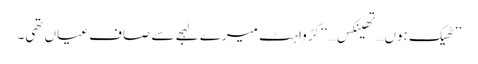
’’ٹھیک ہوں…تھینکس…‘‘ کڑواہٹ میرے لہجے سے صاف عیاں تھی۔